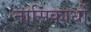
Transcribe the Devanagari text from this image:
नासिकार्धों